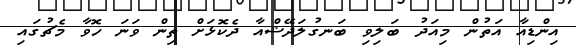
އިންޑިއާ އަތުން މިއަދު ބަލިވި ބަނގުލަދޭޝްއާ ދެކޮޅަށް ތިން ވަނަ ހޮވާ މެޗުގައި